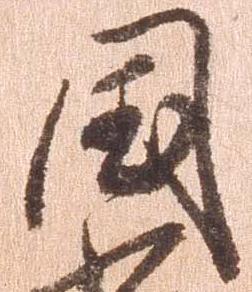
国